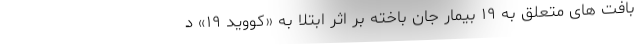
بافت های متعلق به ۱۹ بیمار جان باخته بر اثر ابتلا به «کووید ۱۹» د